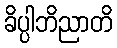
ခိပ္ပါဘိညာတိ